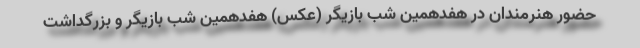
حضور هنرمندان در هفدهمین شب بازیگر (عکس) هفدهمین شب بازیگر و بزرگداشت